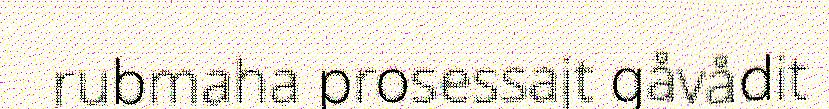
rubmaha prosessajt gåvådit